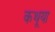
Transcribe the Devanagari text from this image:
कथूया